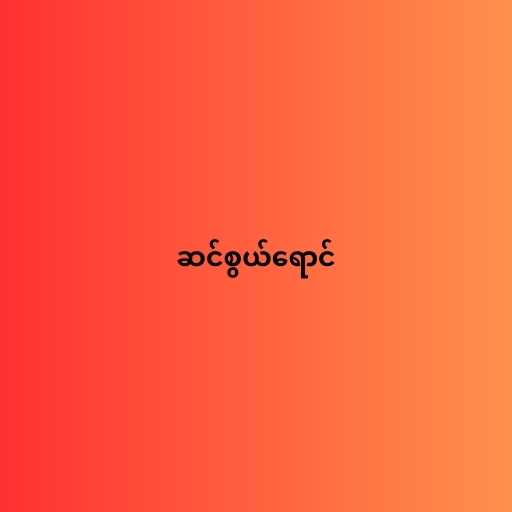
ဆင်စွယ်ရောင်